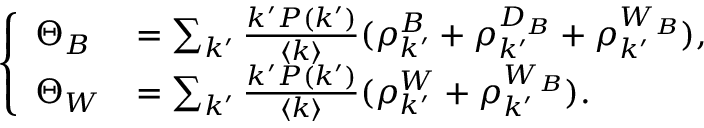
\left\{ \begin{array} { l l } { \Theta _ { B } } & { = \sum _ { k ^ { \prime } } \frac { k ^ { \prime } P ( k ^ { \prime } ) } { \langle k \rangle } ( \rho _ { k ^ { \prime } } ^ { B } + \rho _ { k ^ { \prime } } ^ { D _ { B } } + \rho _ { k ^ { \prime } } ^ { W _ { B } } ) , } \\ { \Theta _ { W } } & { = \sum _ { k ^ { \prime } } \frac { k ^ { \prime } P ( k ^ { \prime } ) } { \langle k \rangle } ( \rho _ { k ^ { \prime } } ^ { W } + \rho _ { k ^ { \prime } } ^ { W _ { B } } ) . } \end{array} \right.